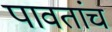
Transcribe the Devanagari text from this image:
पावतांच